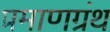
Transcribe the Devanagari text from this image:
प्रमाणग्रंथ